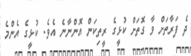
ދެ ފަރާތަށް ވާ ގޮތަށް ކުޅީގެ ރީތިކަން އޮންނާނެ އެވެ. ކުޅީގެ އެންމެ